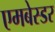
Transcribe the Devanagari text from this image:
एमबेस्डर